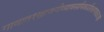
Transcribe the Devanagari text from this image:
गावात१खाजगीव्यावसायिकप्रशिक्षणशाळाआहे